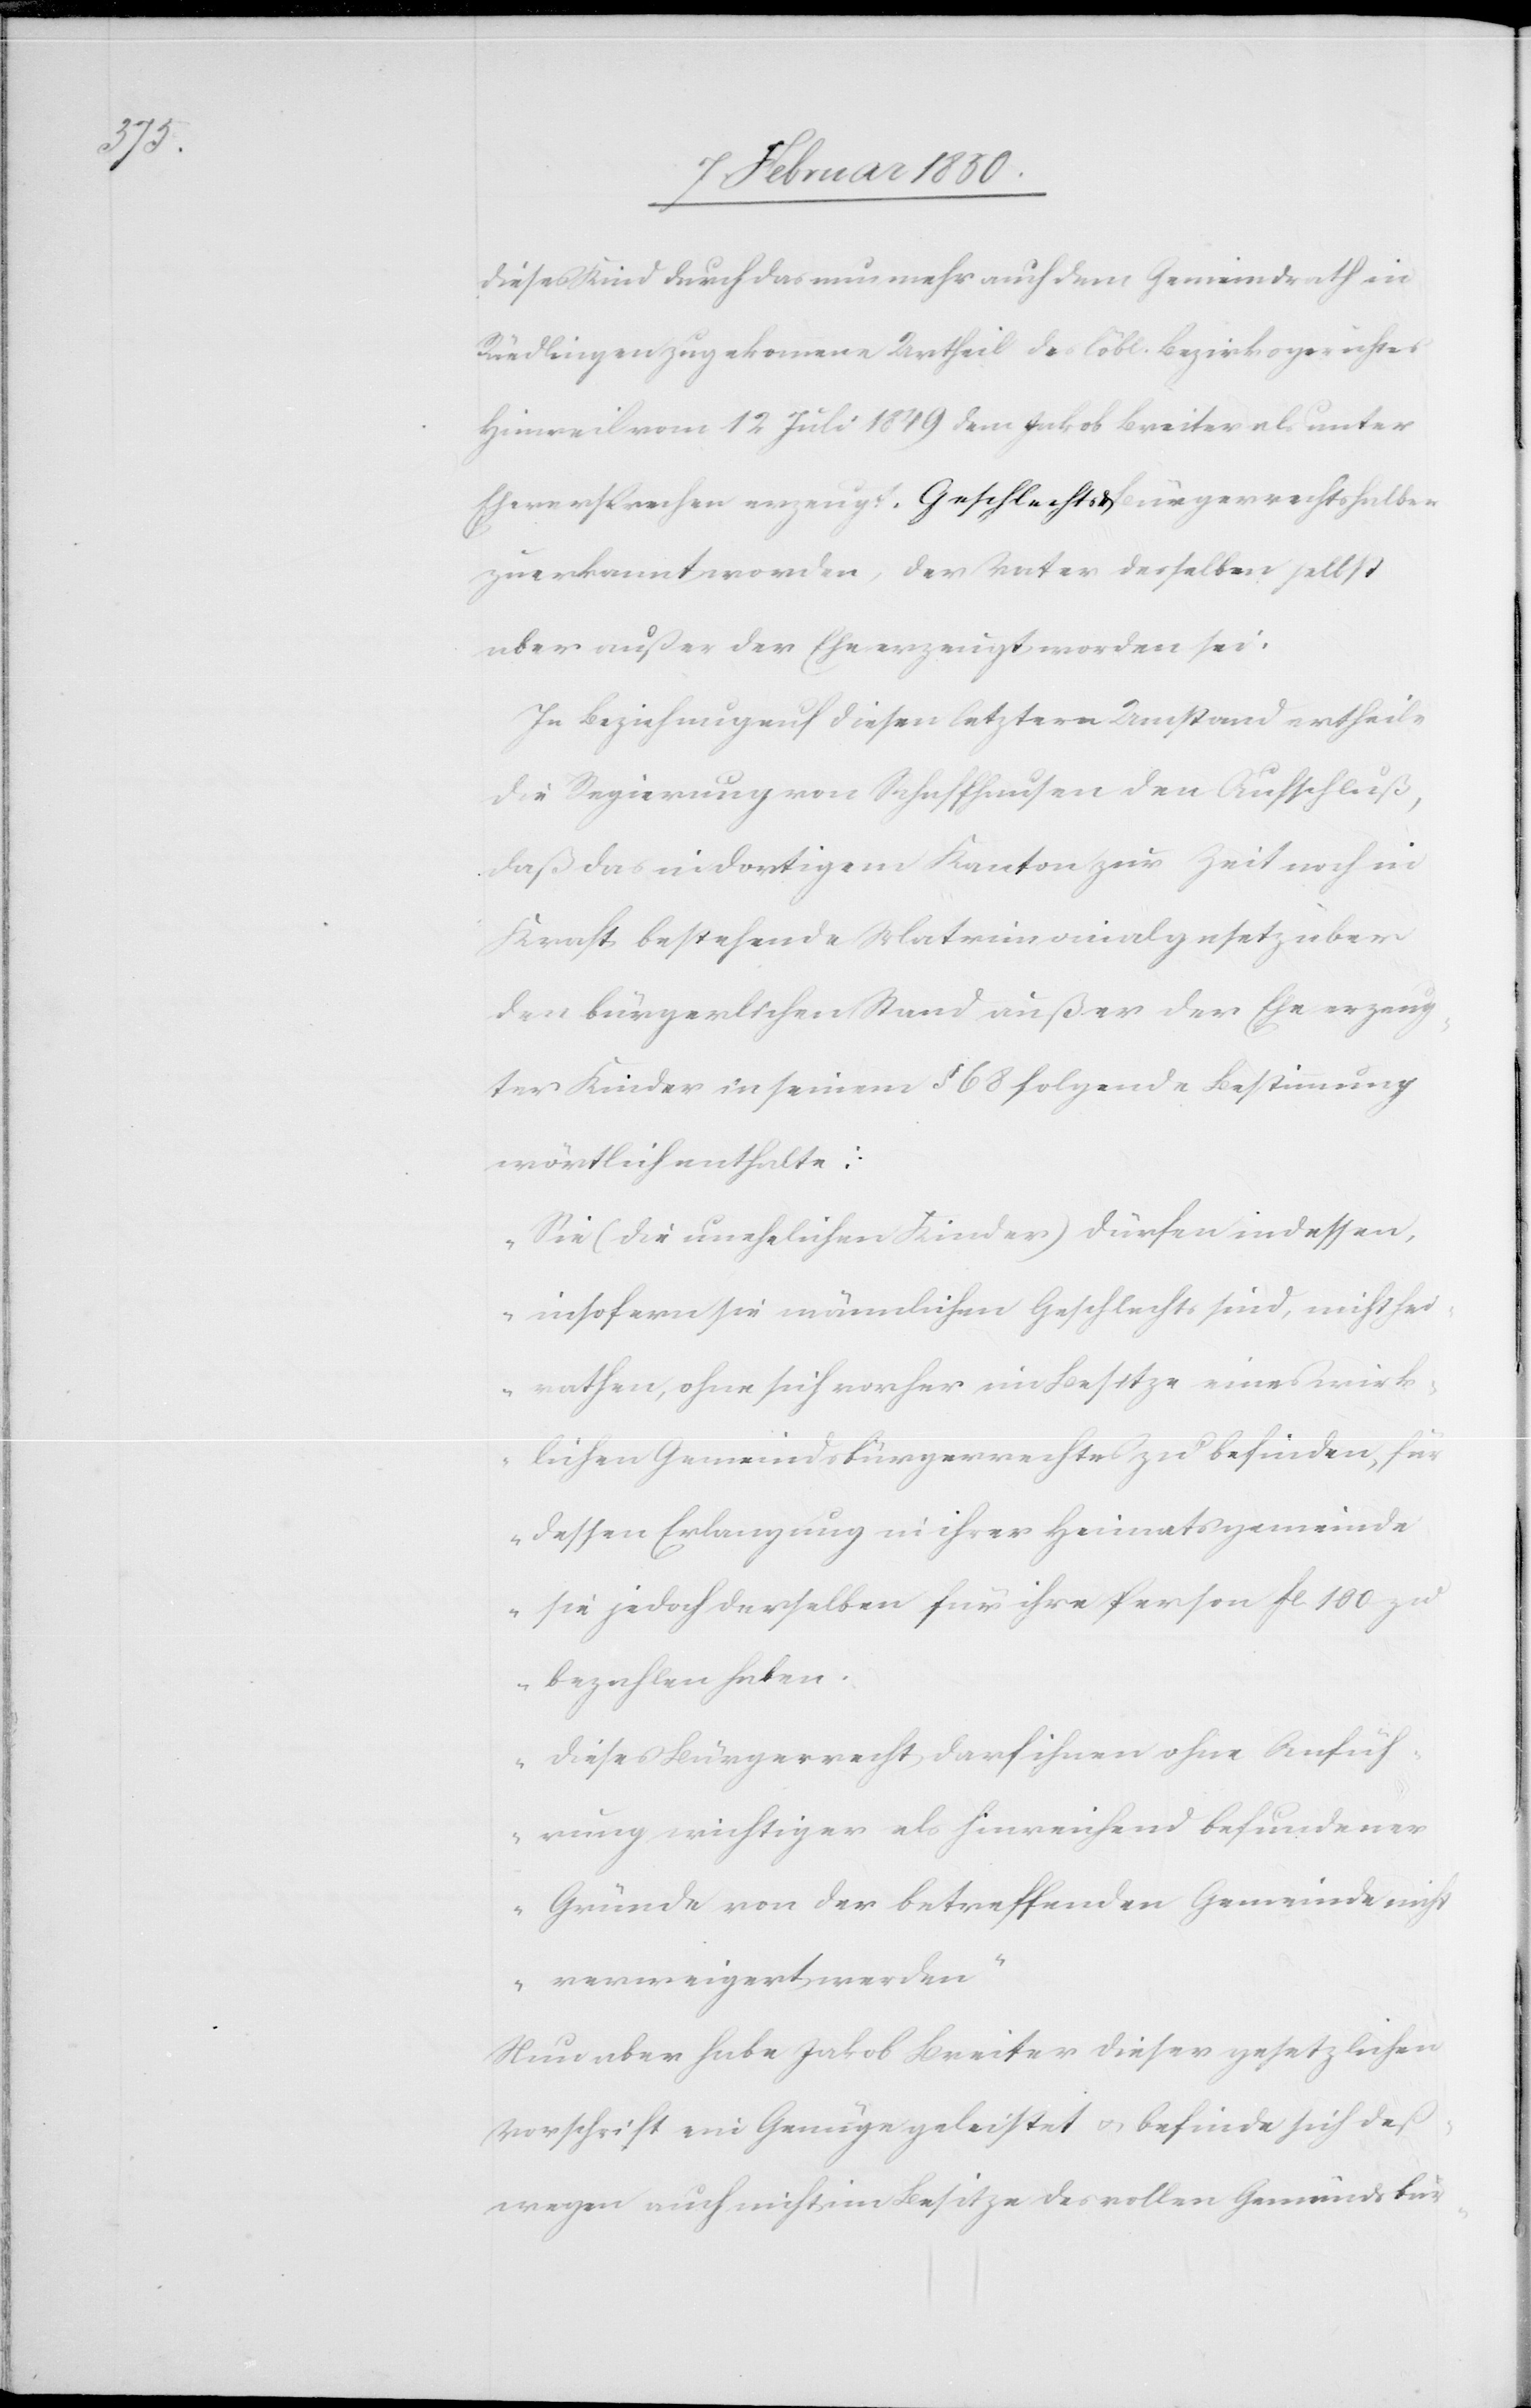
deß¬

dieses Kind durch das nun mehr auch dem Gemeindrath in
Rüedlingen zugekommene Urtheil des löbl. Bezirksgerichtes
Hinweil vom 12 Juli 1849 dem Jakob Breiter als unter
Eheversprechen erzeugt, Geschlechts u. Bürgerrechtshalber
zuerkannt worden, der Vater desselben selbst
aber außer der Ehe erzeugt worden sei.
In Beziehung auf diesen letztern Umstand ertheile
die Regierung von Schaffhausen den Aufschluß,
daß das in dortigem Kanton zur Zeit noch in
Kraft bestehende Matrimonialgesetz über
den bürgerlichen Stand außer der Ehe erzeug¬
ter Kinder in seinem § 68 folgende Bestimmung
wörtlich enthalte:
„Sie (die unehelichen Kinder) dürfen indessen,
insofern sie männlichen Geschlechts sind, nicht hei¬
rathen, ohne sich vorher im Besitze eines wirk¬
lichen Gemeindsbürgerrechtes zu befinden, für
dessen Erlangung in ihrer Heimatsgemeinde
sie jedoch derselben für ihre Person fl 100 zu
bezahlen haben.
Dieses Bürgerrecht darf ihnen ohne Anfüh¬
rung wichtiger als hinreichend befundener
Gründe von der betreffenden Gemeinde nicht
verweigert werden“
Nun aber habe Jakob Breiter dieser gesetzlichen
wegen auch nicht im Besitze des vollen Gemeindsbür-